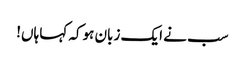
سب نے ایک زبان ہوکہ کہا ہاں!